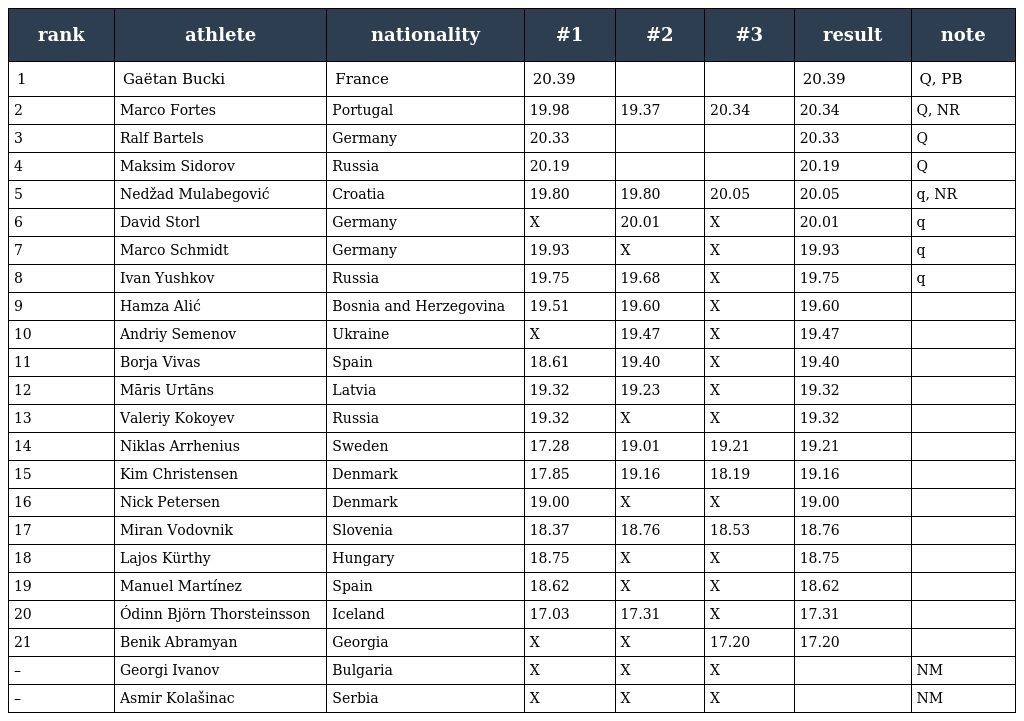
| rank | athlete | nationality | #1 | #2 | #3 | result | note |
 | --- | --- | --- | --- | --- | --- | --- | --- |
 | 1 | Gaëtan Bucki | France | 20.39 |  |  | 20.39 | Q, PB |
 | 2 | Marco Fortes | Portugal | 19.98 | 19.37 | 20.34 | 20.34 | Q, NR |
 | 3 | Ralf Bartels | Germany | 20.33 |  |  | 20.33 | Q |
 | 4 | Maksim Sidorov | Russia | 20.19 |  |  | 20.19 | Q |
 | 5 | Nedžad Mulabegović | Croatia | 19.80 | 19.80 | 20.05 | 20.05 | q, NR |
 | 6 | David Storl | Germany | X | 20.01 | X | 20.01 | q |
 | 7 | Marco Schmidt | Germany | 19.93 | X | X | 19.93 | q |
 | 8 | Ivan Yushkov | Russia | 19.75 | 19.68 | X | 19.75 | q |
 | 9 | Hamza Alić | Bosnia and Herzegovina | 19.51 | 19.60 | X | 19.60 |  |
 | 10 | Andriy Semenov | Ukraine | X | 19.47 | X | 19.47 |  |
 | 11 | Borja Vivas | Spain | 18.61 | 19.40 | X | 19.40 |  |
 | 12 | Māris Urtāns | Latvia | 19.32 | 19.23 | X | 19.32 |  |
 | 13 | Valeriy Kokoyev | Russia | 19.32 | X | X | 19.32 |  |
 | 14 | Niklas Arrhenius | Sweden | 17.28 | 19.01 | 19.21 | 19.21 |  |
 | 15 | Kim Christensen | Denmark | 17.85 | 19.16 | 18.19 | 19.16 |  |
 | 16 | Nick Petersen | Denmark | 19.00 | X | X | 19.00 |  |
 | 17 | Miran Vodovnik | Slovenia | 18.37 | 18.76 | 18.53 | 18.76 |  |
 | 18 | Lajos Kürthy | Hungary | 18.75 | X | X | 18.75 |  |
 | 19 | Manuel Martínez | Spain | 18.62 | X | X | 18.62 |  |
 | 20 | Ódinn Björn Thorsteinsson | Iceland | 17.03 | 17.31 | X | 17.31 |  |
 | 21 | Benik Abramyan | Georgia | X | X | 17.20 | 17.20 |  |
 | – | Georgi Ivanov | Bulgaria | X | X | X |  | NM |
 | – | Asmir Kolašinac | Serbia | X | X | X |  | NM |